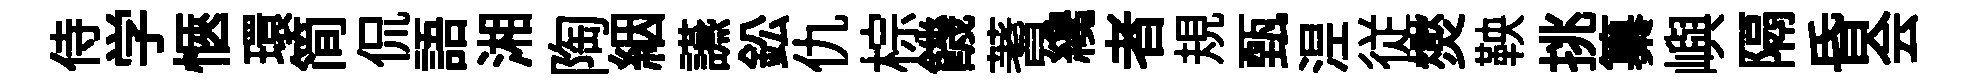
侍学愜環简侃語湘陶絪讌鈆仇棕饑蓍纔者規甄𣵀従爕鞅挑纂嶼隔昏会